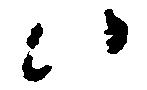
候